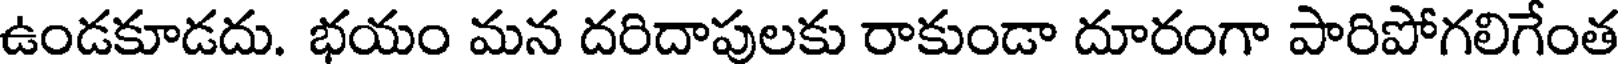
ఉండకూడదు. భయం మన దరిదాపులకు రాకుండా దూరంగా పారిపోగలిగేంత